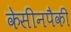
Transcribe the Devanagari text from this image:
केसीनपैकी